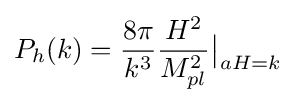
P_{h}(k)={\frac {8\pi }{k^{3}}}{\frac {H^{2}}{M_{pl}^{2}}}{\big |}_{aH=k}